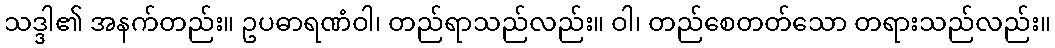
သဒ္ဒါ၏ အနက်တည်း။ ဥပဓာရဏံဝါ၊ တည်ရာသည်လည်း။ ဝါ၊ တည်စေတတ်သော တရားသည်လည်း။